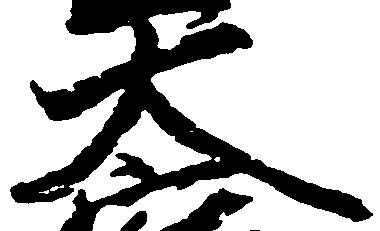
大